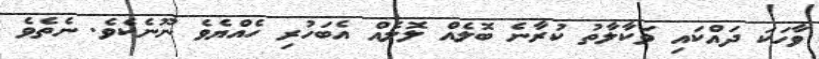
ވާހަކަ ދައްކައި ވަކާލާތު ކުރާނެ ބޮލެއް ލޮލެއް އެބަހުރި ހެއްޔެވެ ނޫނެކެވެ. ނެތެވެ